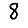
Digit: 8